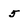
Character: 5